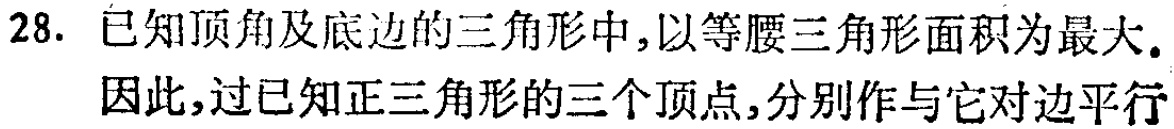
28. 已知顶角及底边的三角形中,以等腰三角形面积为最大.
因此,过已知正三角形的三个顶点,分别作与它对边平行